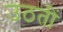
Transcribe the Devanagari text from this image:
उठतीं